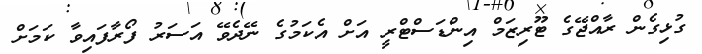
ގުޅިގެން ރާއްޖޭގެ ޓޫރިޒަމް އިންޑަސްޓްރީ އަށް އެކަމުގެ ނޭދެވޭ އަސަރު ފޯރާފައިވާ ކަމަށް